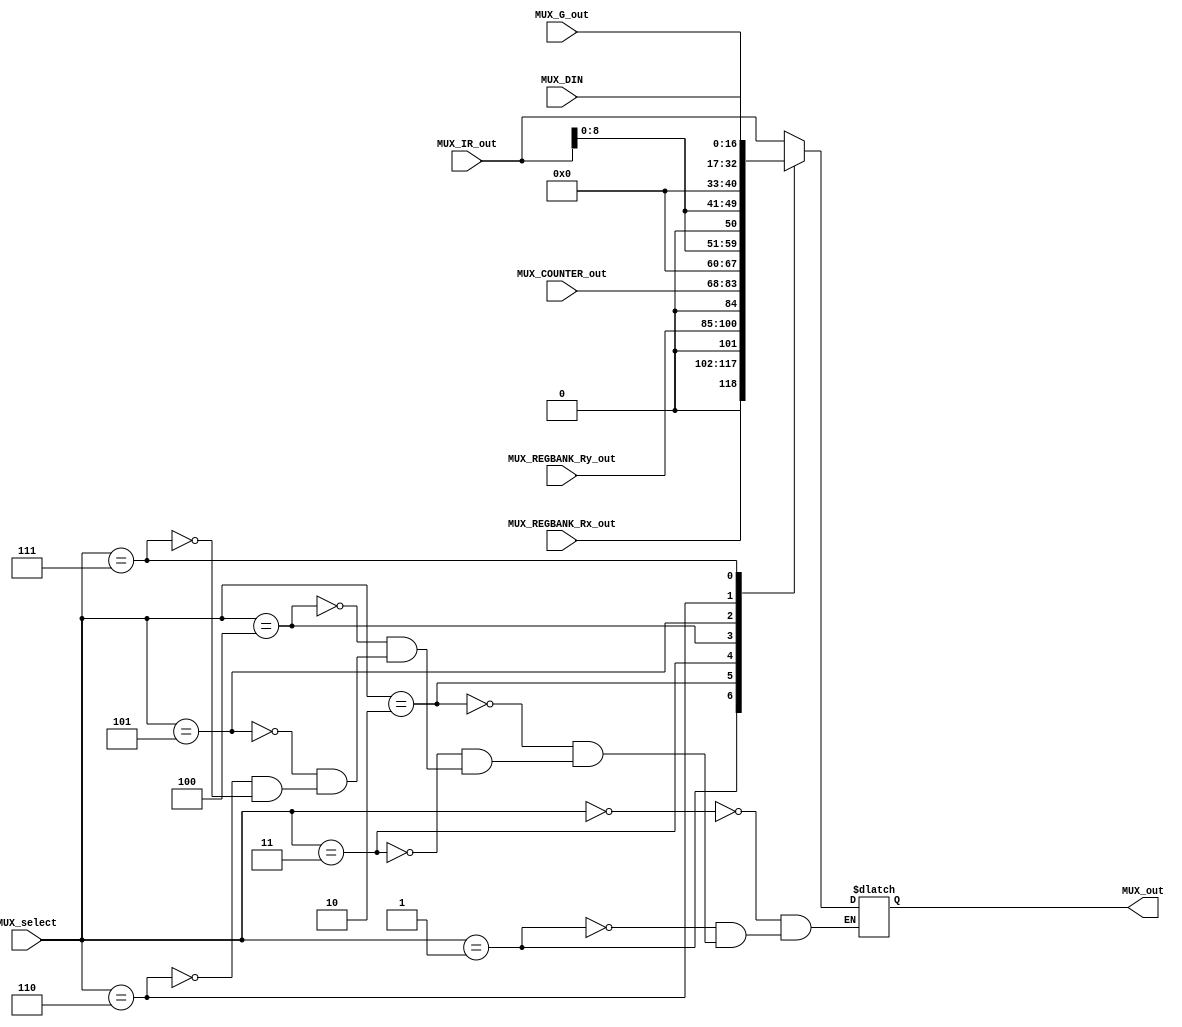
module multiplexer(MUX_select, MUX_IR_out, MUX_COUNTER_out, MUX_REGBANK_Rx_out, MUX_REGBANK_Ry_out, MUX_G_out, MUX_out, MUX_DIN);


/* MUX TABLE
	
			Data output  		| 	MUX_select
	 -------------------------------------
	 Reg IR data  				|   0000
	 Reg Rx data 				|   0001
	 Reg Ry data 				|   0010
	 Counter data				|   0011
	 Reg IR immediate 		| 	 0100
	 Reg IR immediate(top)	|   0101
	 Reg G data             |   0110
	 DIN data               |   0111
	 
	
	*/


 input [3:0]  MUX_select;
 input [16:0] MUX_IR_out;
 input [15:0] MUX_COUNTER_out;
 input [15:0] MUX_REGBANK_Rx_out;
 input [15:0] MUX_REGBANK_Ry_out;
 input [15:0] MUX_G_out;
 input [16:0] MUX_DIN;

 output [16:0] MUX_out;
 
 reg [16:0] MUX_content;


 always @(*) begin
 
	case(MUX_select) 
	
	
		4'b0000: begin // Reg IR data
			$write("Opening IR data port");
			MUX_content <=  MUX_IR_out;
		
		end
		
		4'b0001: begin // Reg Rx data
			$write("Opening Rx data port");
			MUX_content <= {1'b0, MUX_REGBANK_Rx_out};
		
		end
		
		4'b0010: begin // Reg Ry data
			$write("Opening Ry data port");
			MUX_content <= {1'b0, MUX_REGBANK_Ry_out};
		
		end
		
		
		4'b0011: begin // Reg Counter Data
			$write("Opening Counter data port");
			MUX_content <= {1'b0, MUX_COUNTER_out};
		
		end
		
		4'b0100: begin //  IR imedediate
			$write("Opening Imediate data port");
			MUX_content <= {7'b0, MUX_IR_out[8:0]};
		end
		
		4'b0101: begin // IR imediate top
			$write("Opening Imediate Top data port");
			MUX_content <= {MUX_IR_out[8:0], 7'b0};
		end
		
		4'b0110: begin // Reg G data
			$write("Opening G data port");
			MUX_content <= {1'b0, MUX_G_out};
		end
		
		4'b0111: begin // DIN data
			$write("Opening DIN data port");
			MUX_content <= MUX_DIN;
		end
	
	endcase
 
 end
 
 assign MUX_out = MUX_content;


endmodule